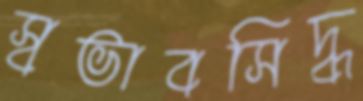
স্বভাবসিদ্ধ